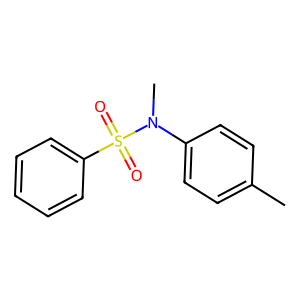
SMILES: Cc1ccc(N(C)S(=O)(=O)c2ccccc2)cc1
Inhibits HIV replication: No